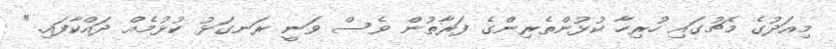
މިއަދުގެ މެޗުގައި ހުރިހާ ކުޅުންތެރިންގެ ފަރާތުން ވެސް ވަނީ ރަނގަޅު ކުޅުމެއް ދައްކާފައި."